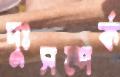
দুঃসম্পর্ক